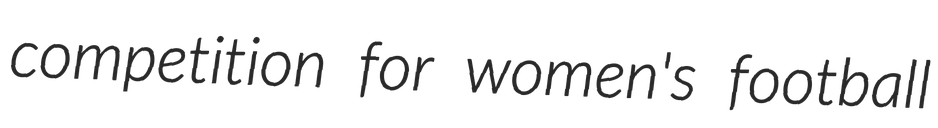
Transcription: competition for women's football